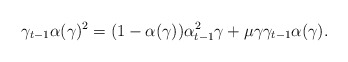
\begin{align*} \gamma_{t-1}\alpha(\gamma)^2=(1-\alpha(\gamma))\alpha_{t-1}^2\gamma+\mu\gamma\gamma_{t-1}\alpha(\gamma).\end{align*}